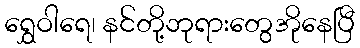
ရွှေဝါရေ၊ နင်တို့ဘုရားတွေအိုနေပြီ